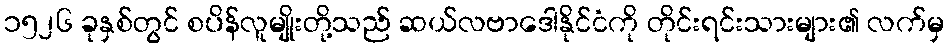
၁၅၂၆ ခုနှစ်တွင် စပိန်လူမျိုးတို့သည် ဆယ်လဗာဒေါနိုင်ငံကို တိုင်းရင်းသားများ၏ လက်မှ